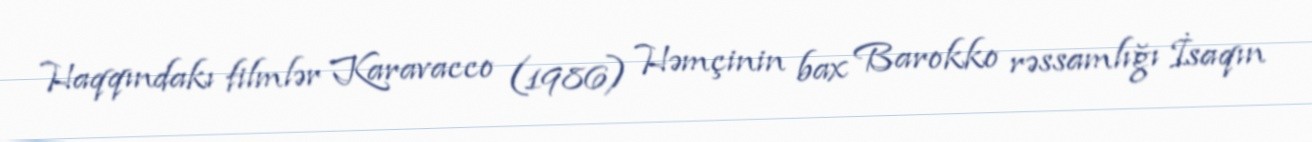
Haqqındakı filmlər Karavacco (1986) Həmçinin bax Barokko rəssamlığı İsaqın